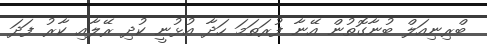
ބްރިނިއަލް ބުނާގޮތުން އޭނާ ފުރަތަމަ ހަދާ އުޅުނީ ކުދި ރޭލާއި ކާރު ފަދަ